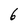
Character: 6